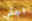
اجلي